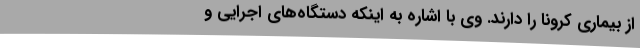
از بیماری کرونا را دارند. وی با اشاره به اینکه دستگاه‌های اجرایی و